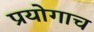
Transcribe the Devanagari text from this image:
प्रयोगाच